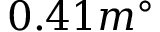
0 . 4 1 m ^ { \circ }